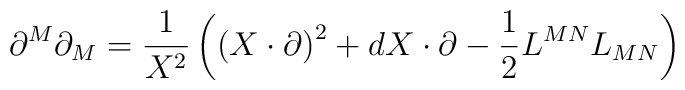
\partial ^{M}\partial _{M}=\frac{1}{X^{2}}\left( \left( X\cdot \partial\right) ^{2}+dX\cdot \partial -\frac{1}{2}L^{MN}L_{MN}\right)